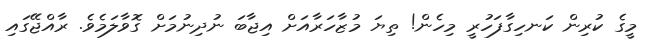
މީގެ ކުރިން ކަނހިގާފަހުރީ މިހެން! ތިޔަ މުޒާހަރާއަށް އިޖާބަ ނުދިނުމަށް ގޮވާލަމެވެ. ރާއްޖޭގައި